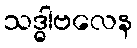
သဒ္ဓါဗလေန